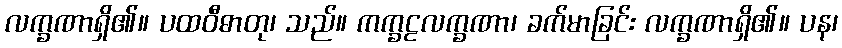
လက္ခဏာရှိ၏။ ပထဝီဓာတု၊ သည်။ ကက္ခဠလက္ခဏာ၊ ခက်မာခြင်း လက္ခဏာရှိ၏။ ပန၊